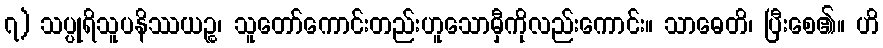
၇) သပ္ပုရိသူပနိဿယဉ္စ၊ သူတော်ကောင်းတည်းဟူသောမှီကိုလည်းကောင်း။ သာဓေတိ၊ ပြီးစေ၏။ ဟိ